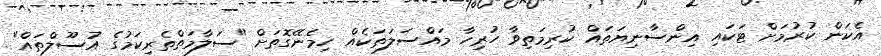
އެކަން ކުރުމަށް ޓަކައި އިންސާނިޔަތައް ކުރިމަތިވާ ހުރިހާ މައްސަލަތަކެއް ހިމެނޭގޮތަށް "ސަލާމަތްތެރިކަމުގެ އުސޫލްތައް"